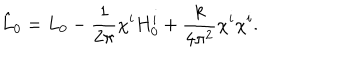
LaTeX: \hat { L } _ { 0 } = L _ { 0 } - \frac { 1 } { 2 \pi } \chi ^ { i } H _ { 0 } ^ { i } + \frac { k } { 4 \pi ^ { 2 } } \chi ^ { i } \chi ^ { i } .